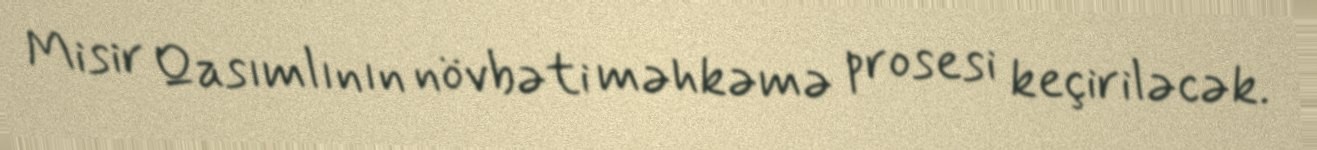
Misir Qasımlının növbəti məhkəmə prosesi keçiriləcək.